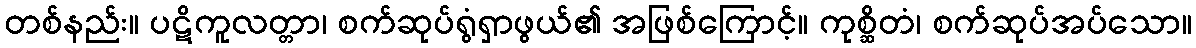
တစ်နည်း။ ပဋိကူလတ္တာ၊ စက်ဆုပ်ရွံရှာဖွယ်၏ အဖြစ်ကြောင့်။ ကုစ္ဆိတံ၊ စက်ဆုပ်အပ်သော။